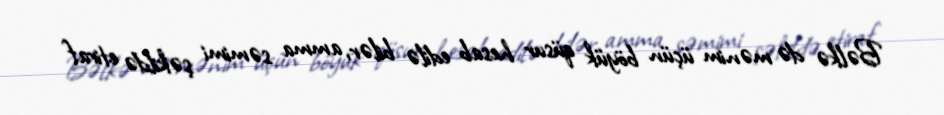
Bəlkə də mənim üçün böyük qüsur hesab edilə bilər, amma səmimi şəkildə etiraf